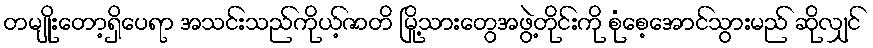
တမျိုးတော့ရှိပေရာ အသင်းသည်ကိုယ့်ဇာတိ မြို့သားတွေအဖွဲ့တိုင်းကို စုံစေ့အောင်သွားမည် ဆိုလျှင်